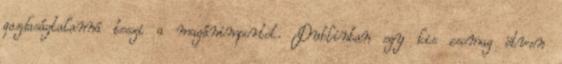
gazdaságtalanná teszi a magánimportot. Dublinban egy kis csomag ötven